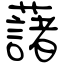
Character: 藷